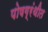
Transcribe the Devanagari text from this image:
पोषग्रंथीत